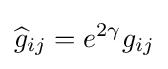
{\widehat {g}}_{ij}=e^{2\gamma }g_{ij}